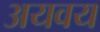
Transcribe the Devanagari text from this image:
अयवय